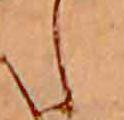
し